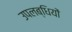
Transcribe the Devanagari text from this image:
उपलब्‍धियों